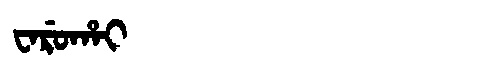
Manchu: ᠸᠠᡵᡠᡥᠠᡳ
Romanization: WARUHAI